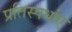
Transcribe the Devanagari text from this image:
प्रतिस्पर्धाए